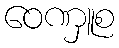
ဝေဏှူစ